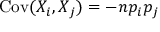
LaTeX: \operatorname { C o v } ( X _ { i } , X _ { j } ) = - n p _ { i } p _ { j }